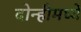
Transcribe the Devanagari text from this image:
दोन्हीमध्ये